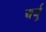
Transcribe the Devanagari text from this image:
अर्जु